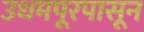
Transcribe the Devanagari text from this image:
उधमपूरपासून